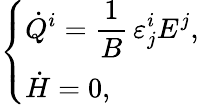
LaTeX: \begin{array}{ccc}{{\left\{ \begin{array}{l}{{\displaystyle\dot{Q}^{i}=\frac{1}{B}\, \varepsilon_{j}^{i}E^{j},}}\\ {{\dot{H}=0,}}\end{array}\right.}}\end{array}